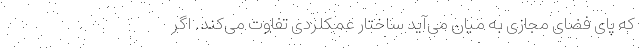
که پای فضای مجازی به میان می‌آید ساختار عمکلردی تفاوت می‌کند. اگر